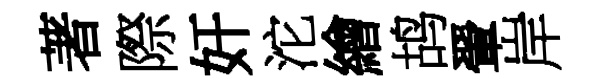
著際奸沱繪鸪翬岸